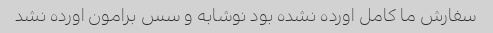
سفارش ما کامل اورده نشده بود نوشابه و سس برامون اورده نشد